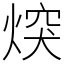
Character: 㷝